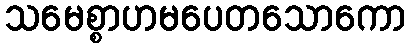
သမေစ္စာဟမပေတသောကော